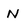
Character: N